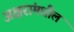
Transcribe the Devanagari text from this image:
अक्षरांमधील